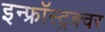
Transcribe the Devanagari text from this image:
इन्फ्रॉस्ट्रक्चर